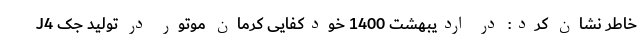
خاطر نشان کرد: در اردیبهشت 1400 خودکفایی کرمان موتور در تولید جک J4